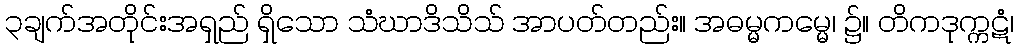
၃ချက်အတိုင်းအရှည် ရှိသော သံဃာဒိသိသ် အာပတ်တည်း။ အဓမ္မကမ္မေ၊ ၌။ တိကဒုက္ကဋံ၊